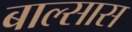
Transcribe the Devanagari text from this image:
बाल्सास